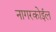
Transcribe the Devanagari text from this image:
नागरकोईल